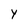
Character: Y